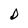
Character: D